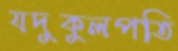
যদুকুলপতি